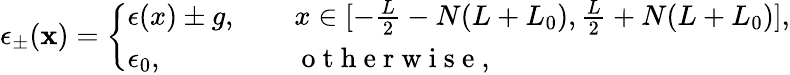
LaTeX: \epsilon_{\pm}(\mathbf{x})=\left\{ \begin{array}{ll}{\epsilon(x)\pm g,\ \ }&{\ \ x\in[-\frac{L}{2}-N(L+L_{0}),\frac{L}{2}+N(L+L_{0})],}\\ {\epsilon_{0},\ \ }&{\ \ \mathrm{~o~t~h~e~r~w~i~s~e~},}\end{array}\right.